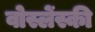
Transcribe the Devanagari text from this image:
वोस्लेंस्की